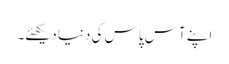
اپنے آس پاس کی دنیا دیکھئے۔